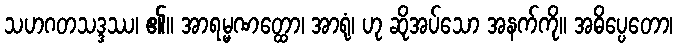
သဟဂတသဒ္ဒဿ၊ ၏။ အာရမ္မဏတ္ထော၊ အာရုံ၊ ဟု ဆိုအပ်သော အနက်ကို။ အဓိပ္ပေတော၊